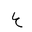
Letter: _ayn